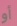
أو